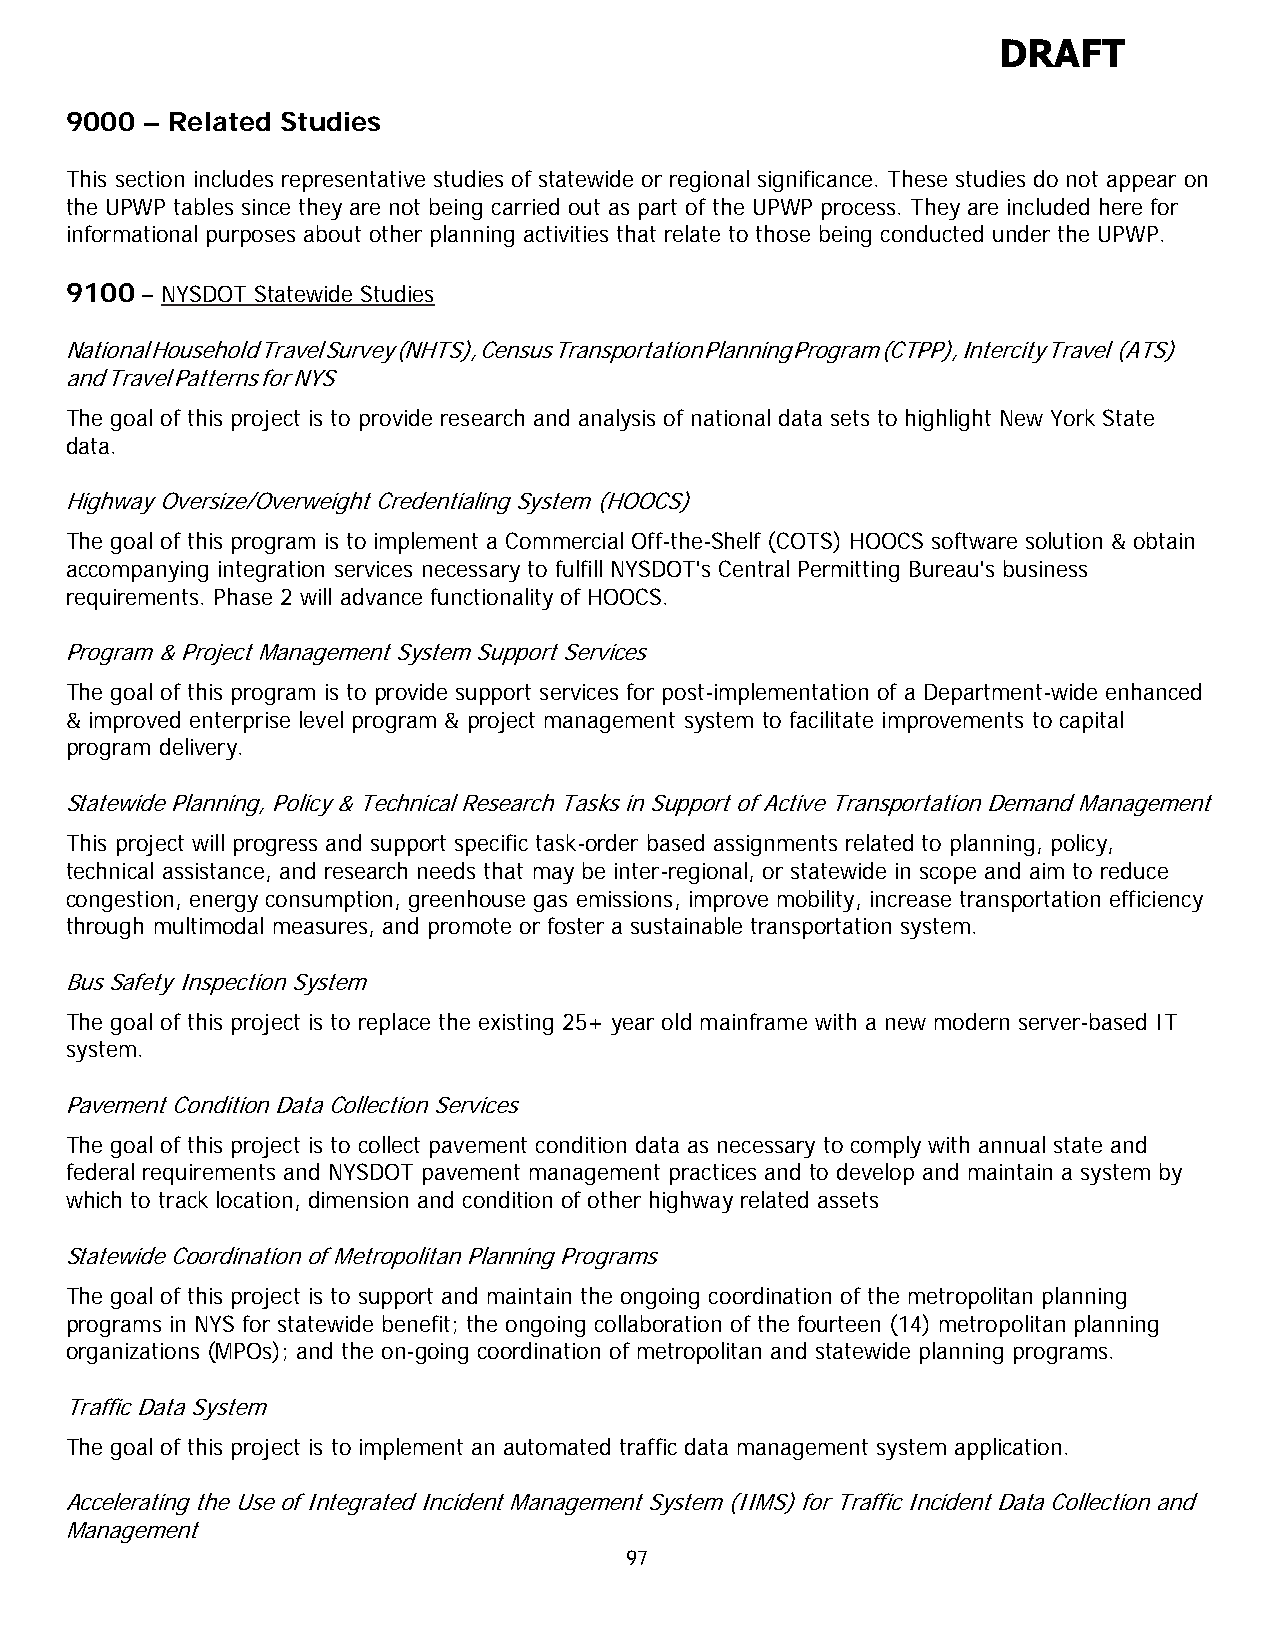
DRAFT
 9000 – Related Studies
 This section includes representative studies of statewide or regional significance. These studies do not appear on
 the UPWP tables since they are not being carried out as part of the UPWP process. They are included here for
 informational purposes about other planning activities that relate to those being conducted under the UPWP.
 9100 – NYSDOT Statewide Studies
 National Household Travel Survey (NHTS), Census Transportation Planning Program (CTPP), Intercity Travel (ATS)
 and Travel Patterns for NYS
 The goal of this project is to provide research and analysis of national data sets to highlight New York State
 data.
 Highway Oversize/Overweight Credentialing System (HOOCS)
 The goal of this program is to implement a Commercial Off-the-Shelf (COTS) HOOCS software solution & obtain
 accompanying integration services necessary to fulfill NYSDOT's Central Permitting Bureau's business
 requirements. Phase 2 will advance functionality of HOOCS.
 Program & Project Management System Support Services
 The goal of this program is to provide support services for post-implementation of a Department-wide enhanced
 & improved enterprise level program & project management system to facilitate improvements to capital
 program delivery.
 Statewide Planning, Policy & Technical Research Tasks in Support of Active Transportation Demand Management
 This project will progress and support specific task-order based assignments related to planning, policy,
 technical assistance, and research needs that may be inter-regional, or statewide in scope and aim to reduce
 congestion, energy consumption, greenhouse gas emissions, improve mobility, increase transportation efficiency
 through multimodal measures, and promote or foster a sustainable transportation system.
 Bus Safety Inspection System
 The goal of this project is to replace the existing 25+ year old mainframe with a new modern server-based IT
 system.
 Pavement Condition Data Collection Services
 The goal of this project is to collect pavement condition data as necessary to comply with annual state and
 federal requirements and NYSDOT pavement management practices and to develop and maintain a system by
 which to track location, dimension and condition of other highway related assets
 Statewide Coordination of Metropolitan Planning Programs
 The goal of this project is to support and maintain the ongoing coordination of the metropolitan planning
 programs in NYS for statewide benefit; the ongoing collaboration of the fourteen (14) metropolitan planning
 organizations (MPOs); and the on-going coordination of metropolitan and statewide planning programs.
 Traffic Data System
 The goal of this project is to implement an automated traffic data management system application.
 Accelerating the Use of Integrated Incident Management System (IIMS) for Traffic Incident Data Collection and
 Management
 97